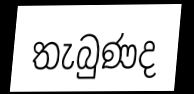
තැබුණද